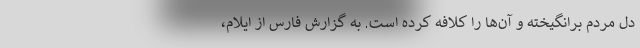
دل مردم برانگیخته و آن‌ها را کلافه کرده است. به گزارش فارس از ایلام،